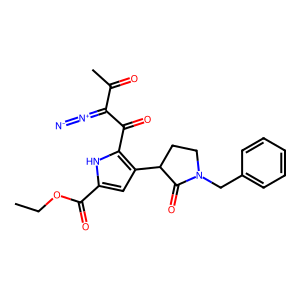
SMILES: CCOC(=O)c1cc(C2CCN(Cc3ccccc3)C2=O)c(C(=O)C(=[N+]=[N-])C(C)=O)[nH]1
Inhibits HIV replication: No